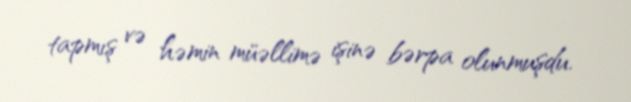
tapmış və həmin müəllimə işinə bərpa olunmuşdu.